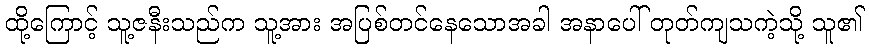
ထို့ကြောင့် သူ့ဇနီးသည်က သူ့အား အပြစ်တင်နေသောအခါ အနာပေါ် တုတ်ကျသကဲ့သို့ သူ၏